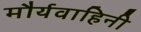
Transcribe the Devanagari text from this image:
मौर्यवाहिनी